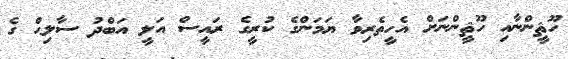
ހޫޘީންނާއި ހޫޘީންނަށް އެހީތެރިވާ ޔަމަންގެ ކުރީގެ ރައީސް އަލީ އަބްދު ސާލިޙް ގެ